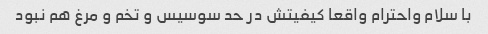
با سلام واحترام واقعا کیفیتش در حد سوسیس و تخم و مرغ هم نبود